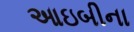
આઇબીના